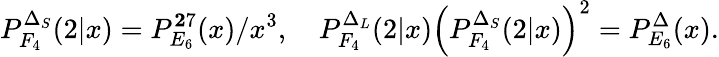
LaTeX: P_{F_{4}}^{\Delta_{S}}(2|x)=P_{E_{6}}^{\mathbf 27}(x)/x^{3},\quad P_{F_{4}}^{\Delta_{L}}(2|x)\left(P_{F_{4}}^{\Delta_{S}}(2|x)\right)^{2}=P_{E_{6}}^{\Delta}(x).